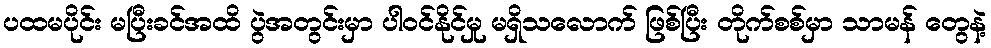
ပထမပိုင်း မပြီးခင်အထိ ပွဲအတွင်းမှာ ပါဝင်နိုင်မှု မရှိသလောက် ဖြစ်ပြီး တိုက်စစ်မှာ သာမန် တွေနဲ့